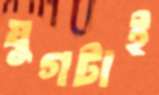
যুগটাই